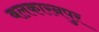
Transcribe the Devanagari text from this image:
बलकारनपुर